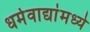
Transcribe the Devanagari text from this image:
धर्मवाद्यांमध्ये